Leaving Certificate Examination, 1918
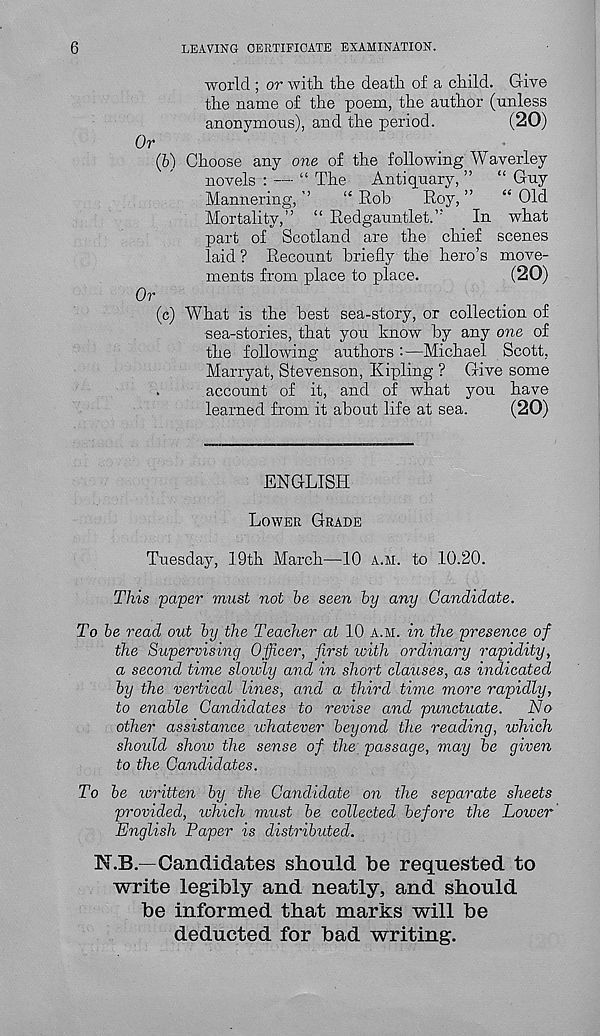
6
LEAVING CERTIFICATE EXAMINATION.
world ; or with the death of a child. Give
the name of the poem, the author (unless
anonymous), and the period.
(20)
Or
(b) Choose any one of the following Waverley
novels : — “ The Antiquary, ” “ Guy
Mannering, ’’
“ Rob
Roy, ”
“ Old
Mortality,” “ Redgauntlet.”
In what
part of Scotland are the chief scenes
laid ? Recount briefly the hero’s move-
ments from place to place.
(20)
Or
(c) What is the best sea-story, or collection of
sea-stories, that you know by any one of
the following authors :—Michael Scott,
Marryat, Stevenson, Kipling ? Give some
.
account of it, and of what you have
learned from it about life at sea.
(20)
ENGLISH
LOWER GRADE
Tuesday, 19th March—10 A.M. to 10.20.
This paper must not be seen by any Candidate.
To be read out by the Teacher at 10 A.M. in the presence of
the Supervising Officer, first with ordinary rapidity,
a second time slowly and in short clauses, as indicated
by the vertical lines, and a third time more rapidly,
to enable Candidates to revise and punctuate. No
other assistance whatever beyond the reading, which
should show the sense of the passage, may be given
to the Candidates.
To be loritten by the Candidate on the separate sheets
provided, which must be collected before the Lower
English Paper is distributed.
N.B.—Candidates should be requested to
write legibly and neatly, and should
be informed that marks will be
deducted for bad writing.